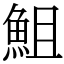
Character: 䱉